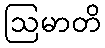
ဩမာတိ